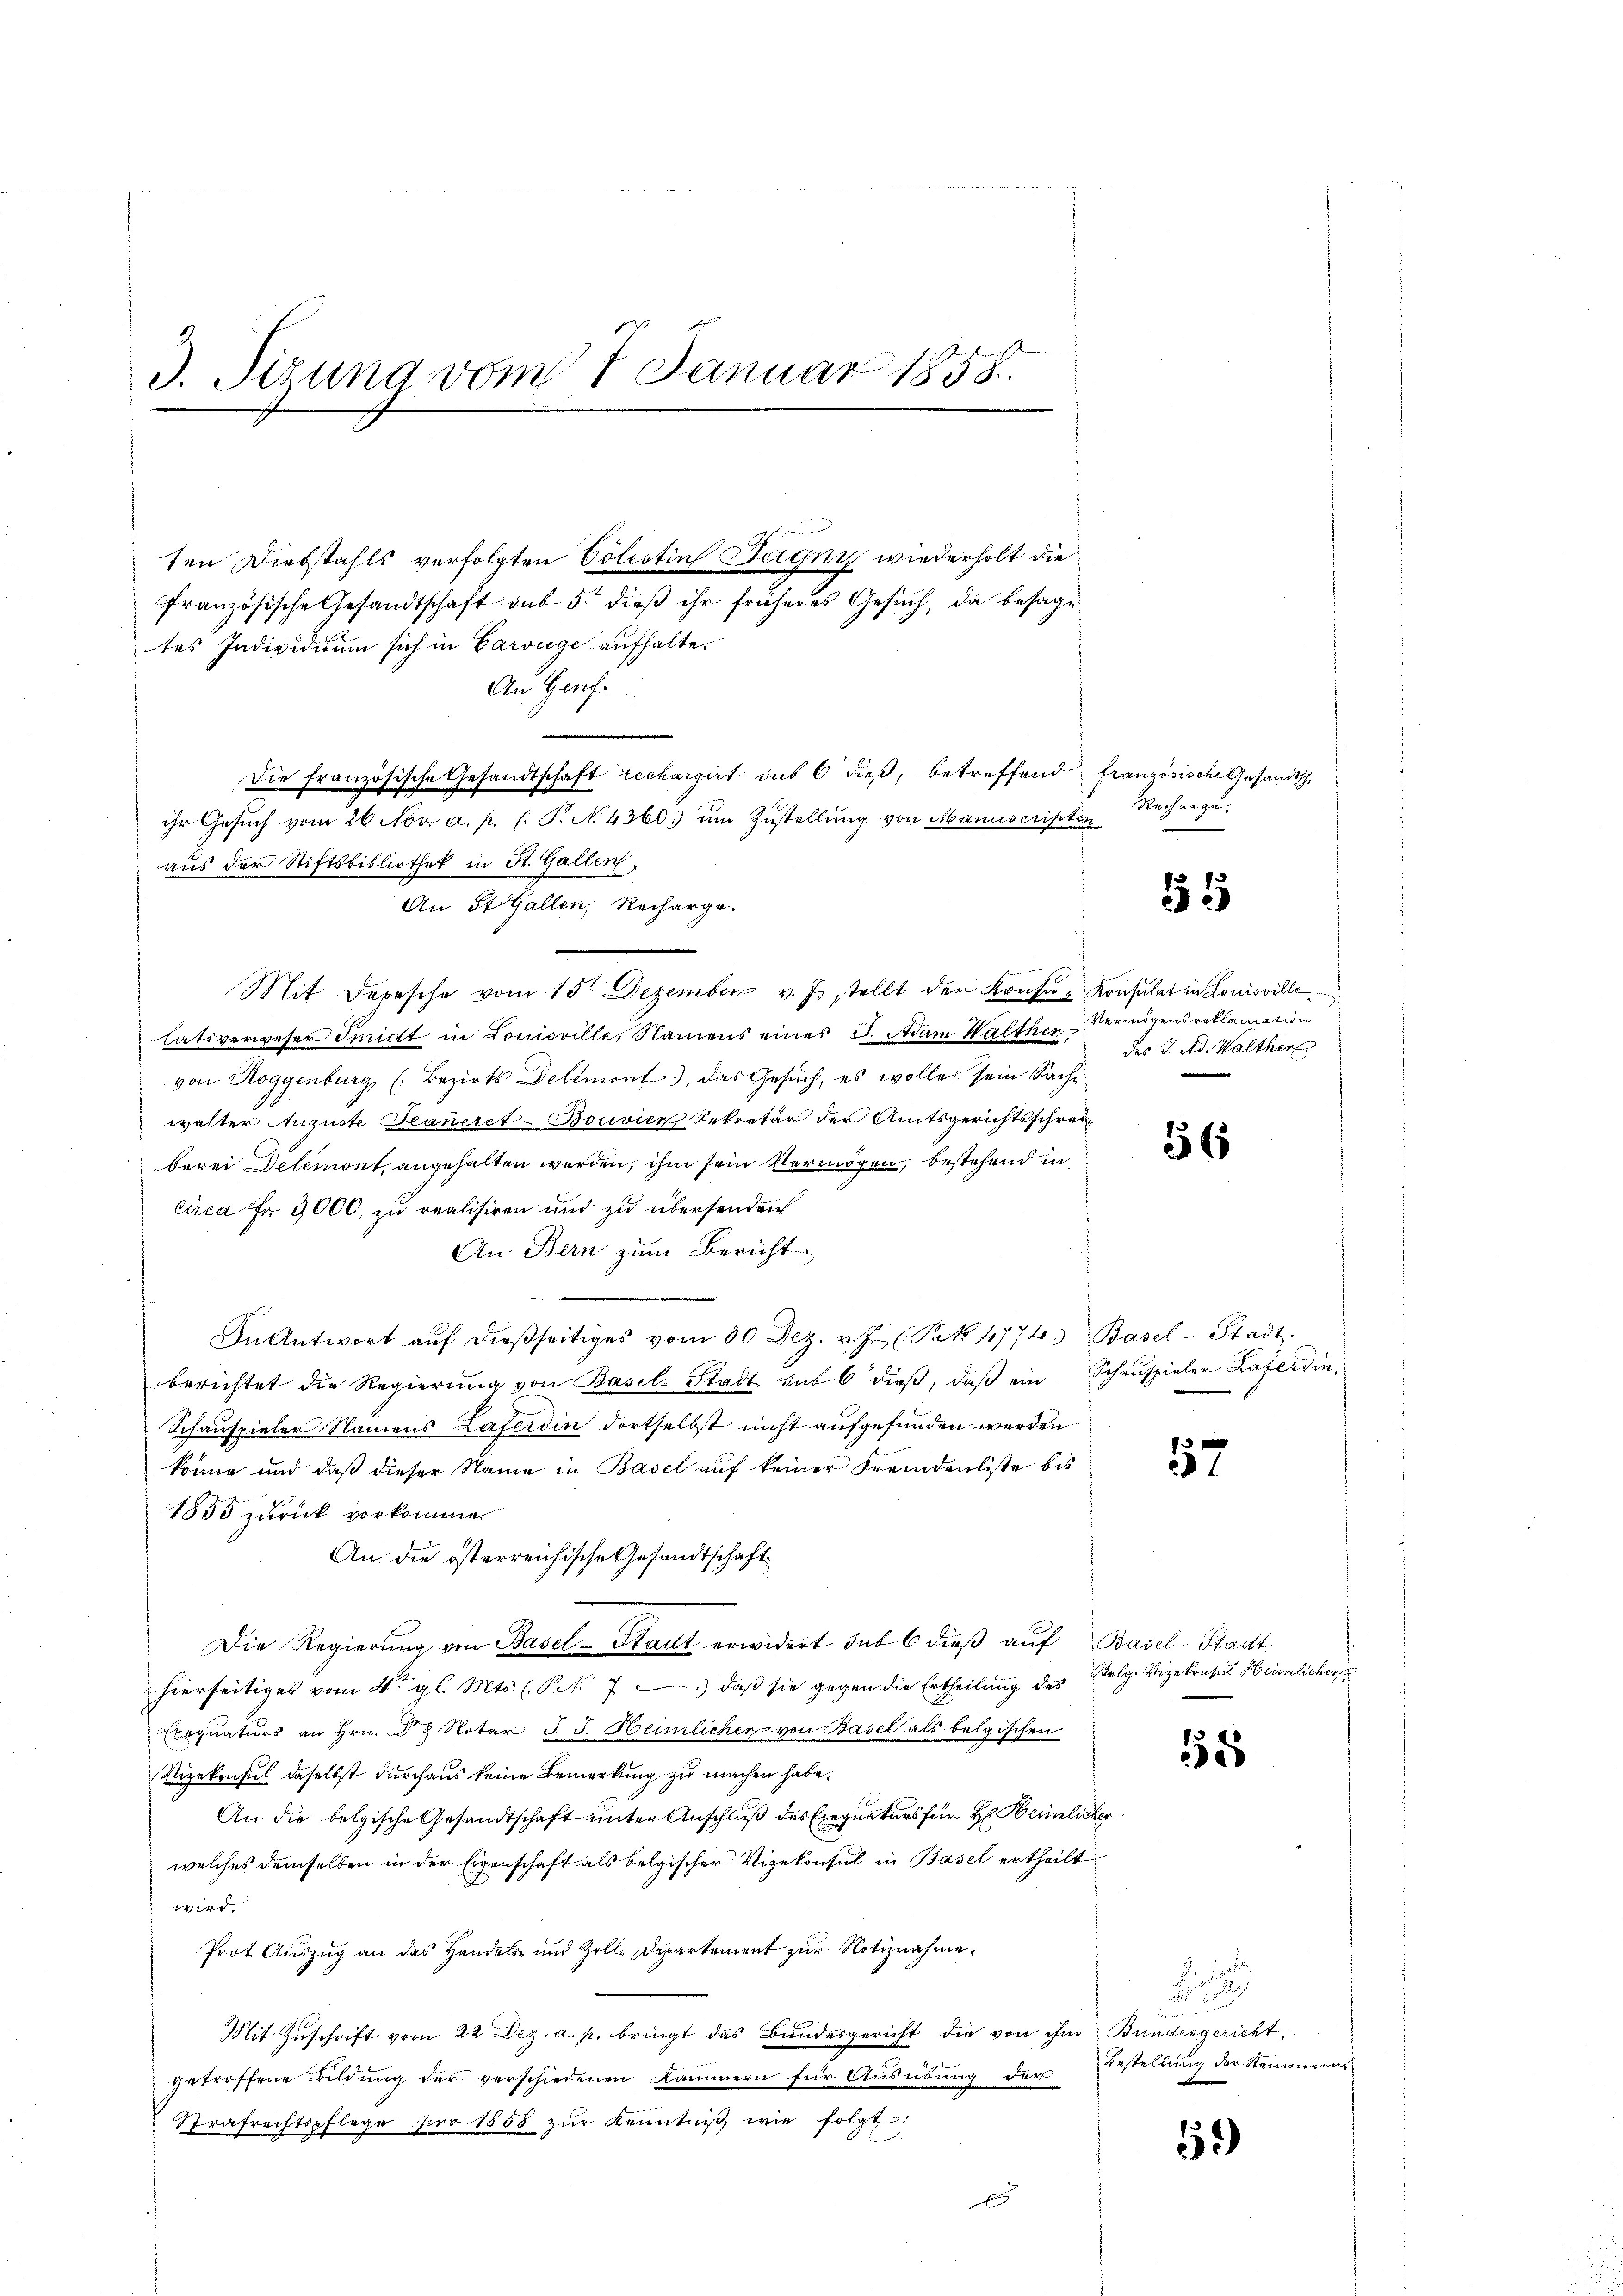
3. Jizuna vom 1 Januar 1858.

französische Gesandtschaft sub 5. dieß ihr früheres Gesuch, da besage
tes Individium sich in Garouge aufhalte.
An Genf.
Die französische Gesandtschaft rechargirt sub 6 dieß, betreffend französische Gesandtsch
ihr Gesŭch vom 26 Nov. a. p. l. P. N. 4360 um Zustellung von Manuscripten
aus der Stiftsbibliothek in St. Gallen.
An St. Gallen, Recharge.

Mit Depesche vom 15ten Dezember v. Js. stellt der Konsu- Konsulat in Louisville
latsverweser Smidt in Louisville, Namens eines I. Adam Walther
von Roggenburg, (Bezirks Delemont), das Gesuch, es wolle sein Sache
walter Auguste Jeaneret-Bonvice Sekretär der Amtsgerichtsschreiberei Delemont, angehalten werden, ihm sein Vermögen, bestehend in
circa Fr. 3000, zu realisiren und zu übersenden
An Bern zum Bericht
In Antwort aŭf dießseitiges vom 30 Dez. v. J. (S. 477. Basel-Stadt.
berichtet die Regierŭng von Basel-Stadt sub 6 dieβ, daβ ein Schauspieler Laferdin¬
Schauspieler Namens Laferdin dortselbst nicht aufgefunden werden
könne und daß dieser Name in Basel auf keiner Fremdenliste bis
1855 zurück vorkommen
An die österreichische Gesandtschaft
Die Regierŭng von Basel-Stadt erwidert in 6 dieβ aŭf Basel-Stadthierseitiges vom 4ten gl. Mts. (P.N. 7) daß sie gegen die Ertheilung des Zelg. Vizekrasil Heimlicher
Exequaturs an Hrn. Dr Notar J. J. Heimlicher von Basel als belgischen
Vizekonsul daselbst durchaus keine Bemerkung zu machen habe.
An die belgische Gesandtschaft unter Anschluß des Exequaturs für Hr. Heimlicher
welches demselben in der Eigenschaft als belgischer Vizekonsul in Basel ertheilt
wird.
Prot Auszug an das Handels- und Zolle Departement zur Notiznahme,
Mit Zuschrift vom 22. Dez. a. p. bringt das Bundesgericht die von ihm
getroffene Bildung der verschiedenen Kammern für Ausübung der
Strafrechtspflege pro 1858 zŭr Kenntniß, wie folgt:
r

ten Diebstahls verfolgten Cölestin Tagny wiederholt die

Nacharge.

Vermögensreklamation
des J. Ad. Walther

g

se gele

Bundesgericht
Bestellung der Stammern

1

56

157

158

19)